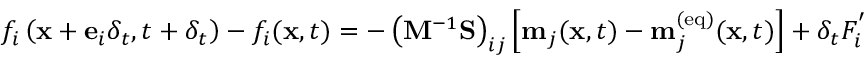
f _ { i } \left( \mathbf { x } + \mathbf { e } _ { i } \delta _ { t } , t + \delta _ { t } \right) - f _ { i } ( \mathbf { x } , t ) = - \left( \mathbf { M } ^ { - 1 } \mathbf { S } \right) _ { i j } \left[ \mathbf { m } _ { j } ( \mathbf { x } , t ) - \mathbf { m } _ { j } ^ { ( \mathrm { e q } ) } ( \mathbf { x } , t ) \right] + \delta _ { t } F _ { i } ^ { ' }